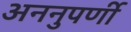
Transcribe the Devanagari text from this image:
अननुपर्णी